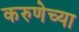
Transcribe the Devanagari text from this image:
करुणेच्या